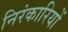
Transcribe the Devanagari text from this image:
निरंकारियों